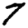
Digit: 7